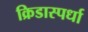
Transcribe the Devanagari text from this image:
क्रिडास्पर्धा